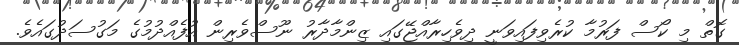
ގޮތް މި ކޯސް ފަރުމާ ކުރެވިފައިވަނީ ދިވެހިރާއްޖޭގައި ޒިންމާދާރު ނޫސްވެރިން އުފެއްދުމުގެ މަގުސަދުގައެވެ.